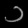
Digit: ၁